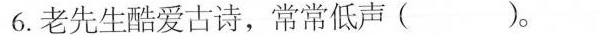
6.老先生酷爱古诗，常常低声( )。